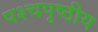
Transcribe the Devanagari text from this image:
पश्चपृष्ठीय